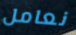
نعامل